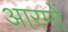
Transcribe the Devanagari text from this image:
आरमों